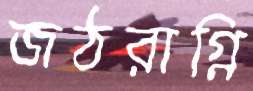
জঠরাগ্নি